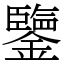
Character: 鑒